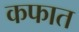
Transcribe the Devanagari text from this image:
कफात